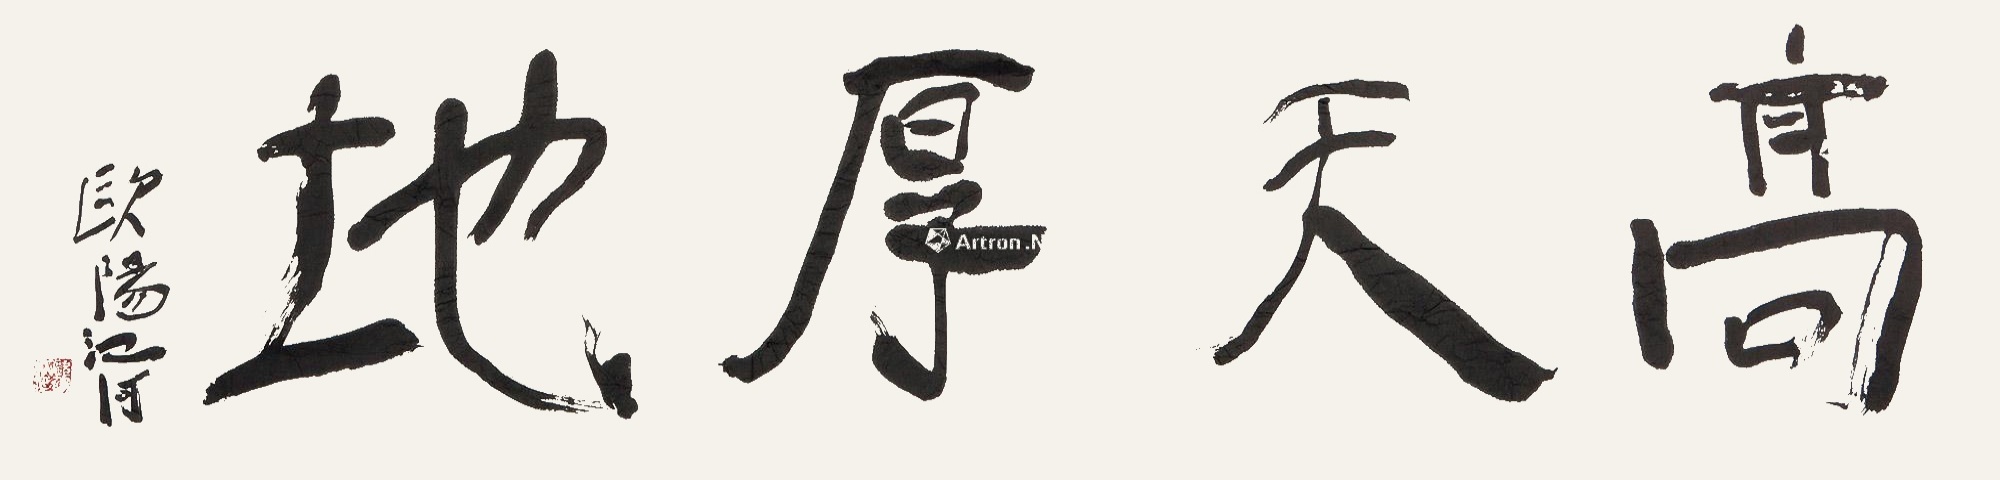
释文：高天厚地。欧阳江河